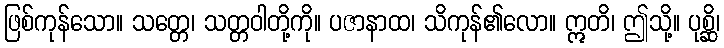
ဖြစ်ကုန်သော။ သတ္တေ၊ သတ္တဝါတို့ကို။ ပဇာနာထ၊ သိကုန်၏လော။ ဣတိ၊ ဤသို့။ ပုစ္ဆိ၊